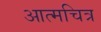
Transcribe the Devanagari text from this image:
आत्मचित्र